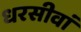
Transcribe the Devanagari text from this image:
धरसीवां